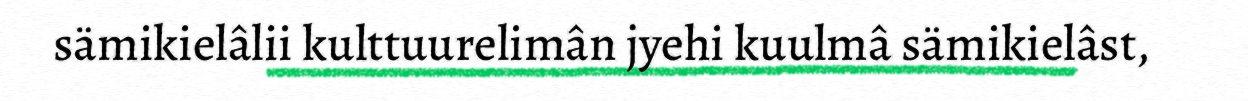
sämikielâlii kulttuurelimân jyehi kuulmâ sämikielâst,